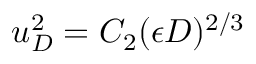
u _ { D } ^ { 2 } = C _ { 2 } ( \epsilon D ) ^ { 2 / 3 }